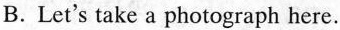
B.Let's take a photograph here.